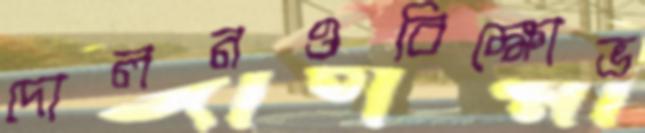
দোলনওবিক্ষোভ